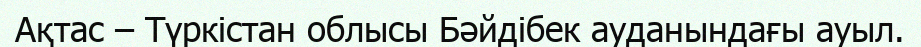
Ақтас – Түркістан облысы Бәйдібек ауданындағы ауыл.